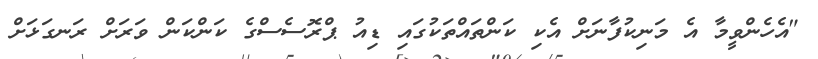
"އެހެންވީމާ އެ މަނިކުފާނަށް އެކި ކަންތައްތަކުގައި ޑިއު ޕްރޮސެސްގެ ކަންކަން ވަރަށް ރަނގަޅަށް